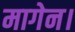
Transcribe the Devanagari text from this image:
मागेन।